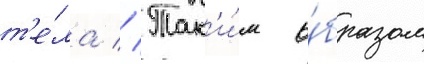
т'е́ла // Так'и́м о́бразом